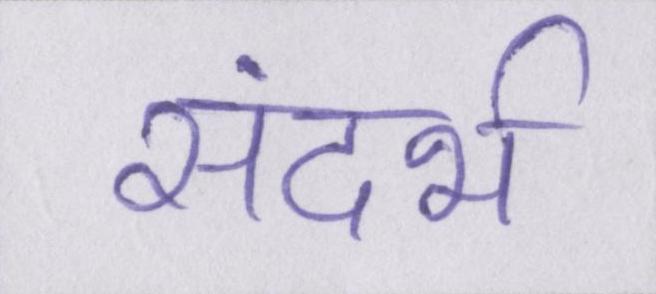
संदर्भ